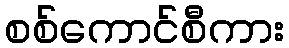
စစ်ကောင်စီကား